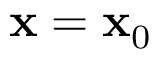
\mathbf { x } = \mathbf { x } _ { 0 }